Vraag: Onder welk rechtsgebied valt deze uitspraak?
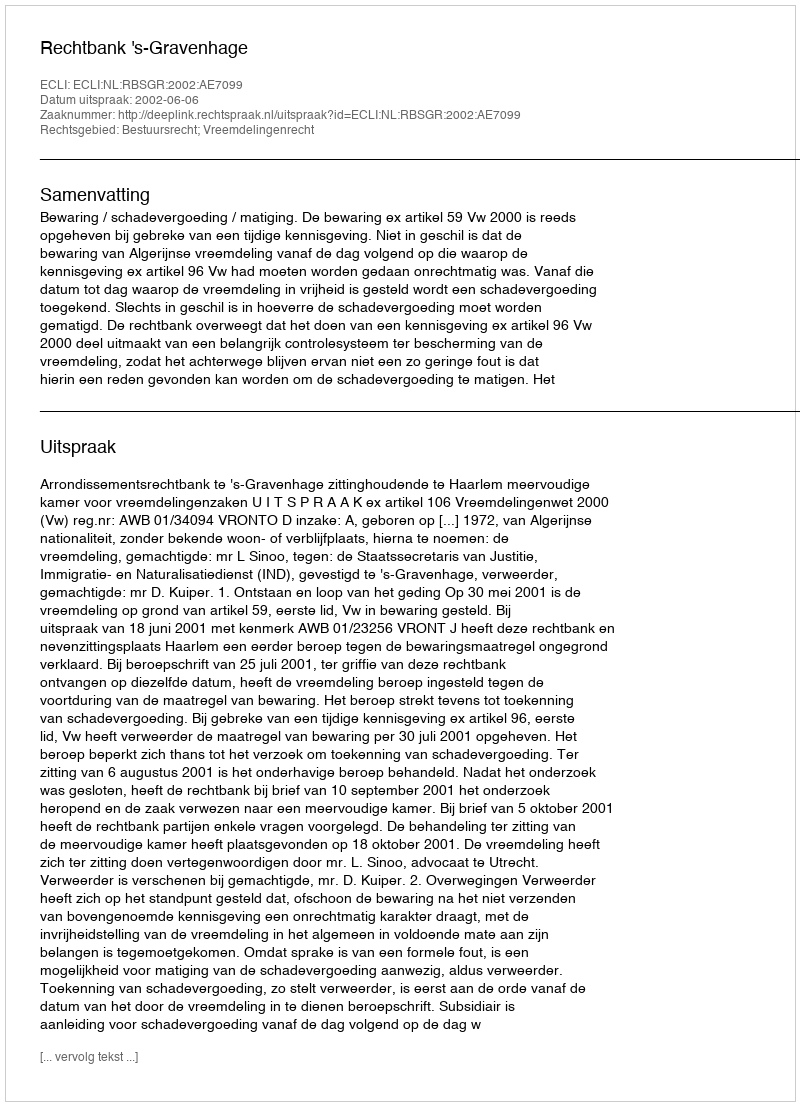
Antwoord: Bestuursrecht; Vreemdelingenrecht